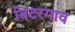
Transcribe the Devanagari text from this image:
बिटरगाव